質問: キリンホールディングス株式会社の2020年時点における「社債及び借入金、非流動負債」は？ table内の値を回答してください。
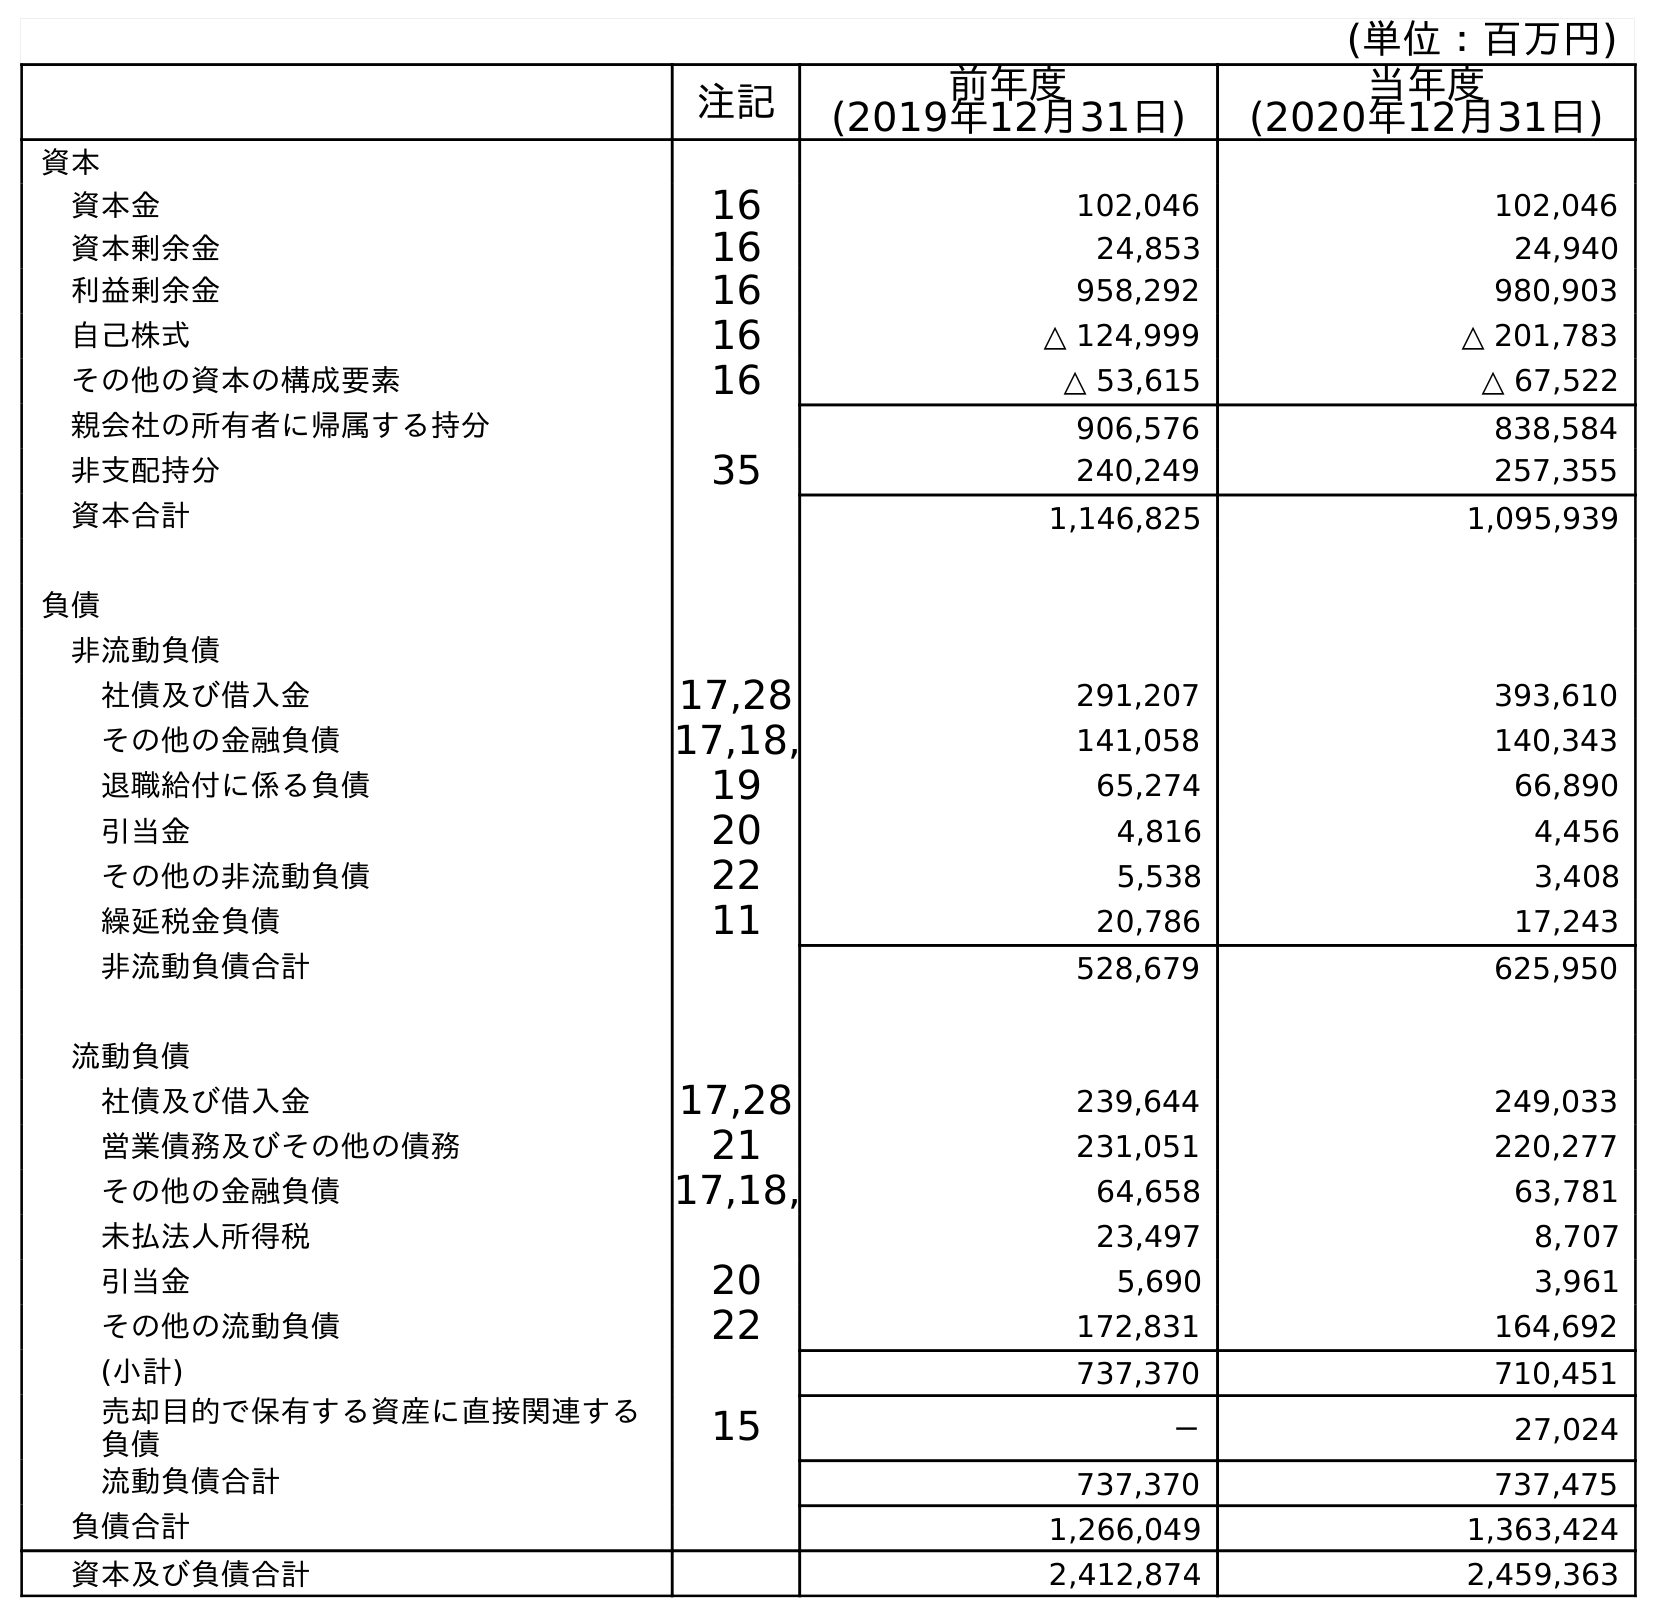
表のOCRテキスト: (単位：百万円) 注記 前年度 (2019年12月31日) 当年度 (2020年12月31日) 資本 資本金 16 102,046 102,046 資本剰余金 16 24,853 24,940 利益剰余金 16 958,292 980,903 自己株式 16 △ 124,999 △ 201,783 その他の資本の構成要素 16 △ 53,615 △ 67,522 親会社の所有者に帰属する持分 906,576 838,584 非支配持分 35 240,249 257,355 資本合計 1,146,825 1,095,939 負債 非流動負債 社債及び借入金 17,28 291,207 393,610 その他の金融負債 17,18, 141,058 140,343 退職給付に係る負債 19 65,274 66,890 引当金 20 4,816 4,456 その他の非流動負債 22 5,538 3,408 繰延税金負債 11 20,786 17,243 非流動負債合計 528,679 625,950 流動負債 社債及び借入金 17,28 239,644 249,033 営業債務及びその他の債務 21 231,051 220,277 その他の金融負債 17,18, 64,658 63,781 未払法人所得税 23,497 8,707 引当金 20 5,690 3,961 その他の流動負債 22 172,831 164,692 (小計) 737,370 710,451 売却目的で保有する資産に直接関連する 負債 15 － 27,024 流動負債合計 737,370 737,475 負債合計 1,266,049 1,363,424 資本及び負債合計 2,412,874 2,459,363
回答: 393,610